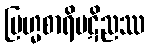
ဗြဟ္မစာရိပဋိညဿ